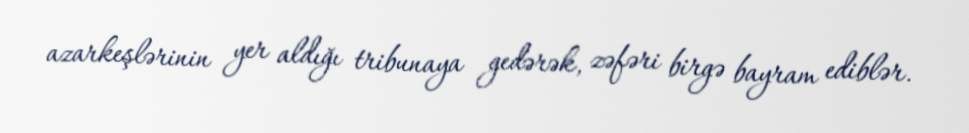
azarkeşlərinin yer aldığı tribunaya gedərək, zəfəri birgə bayram ediblər.